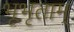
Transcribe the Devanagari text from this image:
भूभृताम्